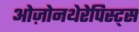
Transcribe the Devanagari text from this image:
ओज़ोनथेरेपिस्ट्स